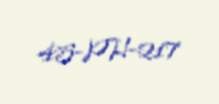
45-PH-217